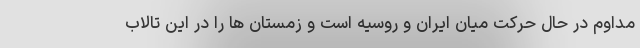
مداوم در حال حرکت میان ایران و روسیه است و زمستان ها را در این تالاب